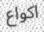
اكواع